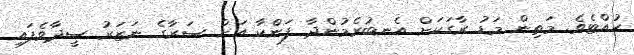
ހުއްޓެވެ. މަތިން މަޑު ރާގަކަށް އެނބުރެމުންދާ ފަންކާ އަށް ސަރާގެ ނަޒަރު ސީދާވެފައި